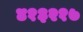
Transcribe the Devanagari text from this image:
४१३२१७